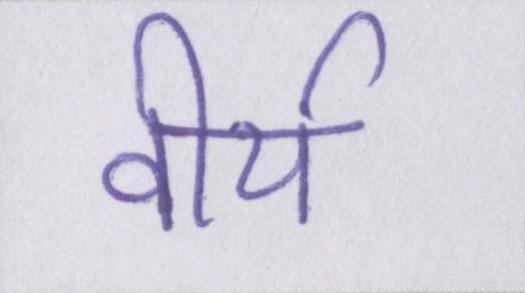
वीर्य